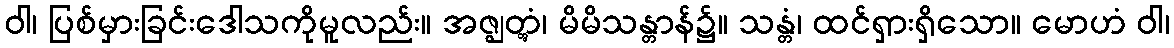
ဝါ၊ ပြစ်မှားခြင်းဒေါသကိုမူလည်း။ အဇ္ဈတ္တွံ၊ မိမိသန္တာန်၌။ သန္တံ၊ ထင်ရှားရှိသော။ မောဟံ ဝါ၊